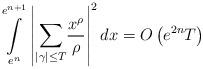
LaTeX: \begin{align*}\overset{e^{n+1}}{\underset{e^{n}}{\int }}\left\vert \underset{\left\vert\gamma \right\vert \leq T}{{\sum }}\frac{x^{\rho }}{\rho }\right\vert^{2}dx=O\left( e^{2n}T\right) \end{align*}